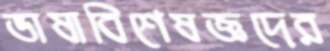
ভাষাবিশেষজ্ঞদের